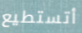
أتستطيع